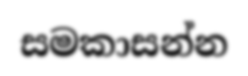
සමකාසන්න